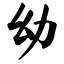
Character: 幼